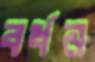
বর্ধন